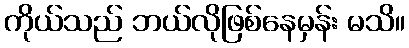
ကိုယ်သည် ဘယ်လိုဖြစ်နေမှန်း မသိ။